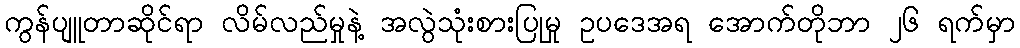
ကွန်ပျူတာဆိုင်ရာ လိမ်လည်မှုနဲ့ အလွဲသုံးစားပြုမှု ဥပဒေအရ အောက်တိုဘာ ၂၆ ရက်မှာ